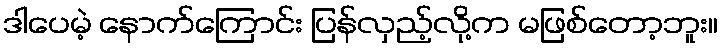
ဒါပေမဲ့ နောက်ကြောင်း ပြန်လှည့်လို့က မဖြစ်တော့ဘူး။